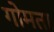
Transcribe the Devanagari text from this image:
गोमता